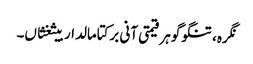
نگرہ، تنگو گوہر قیمتی آنی برکتامالدار بیثغثاں۔